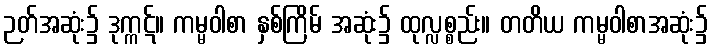
ဉတ်အဆုံး၌ ဒုက္ကဋ်။ ကမ္မဝါစာ နှစ်ကြိမ် အဆုံး၌ ထုလ္လစ္စည်း။ တတိယ ကမ္မဝါစာအဆုံး၌